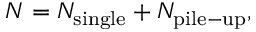
N = N _ { \mathrm { s i n g l e } } + N _ { \mathrm { p i l e - u p } } ,